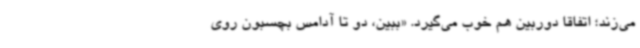
می‌زند؛ اتفاقا دوربین هم خوب می‌گیرد. «ببین، دو تا آدامس بچسبون روی